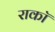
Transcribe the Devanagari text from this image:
राकॉ